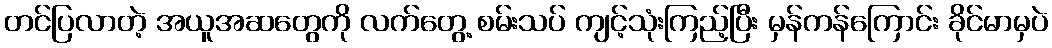
တင်ပြလာတဲ့ အယူအဆတွေကို လက်တွေ့ စမ်းသပ် ကျင့်သုံးကြည့်ပြီး မှန်ကန်ကြောင်း ခိုင်မာမှပဲ